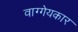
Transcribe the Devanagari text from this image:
वाग्गेयकार